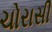
ચોરાસી